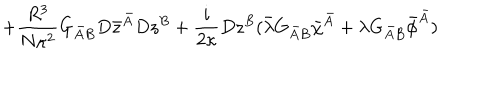
+ \frac { R ^ { 3 } } { N \kappa ^ { 2 } } G _ { \bar { A } B } D \bar { z } ^ { \bar { A } } D z ^ { B } + \frac { i } { 2 \kappa } D z ^ { B } ( \bar { \lambda } G _ { \bar { A } B } \bar { \chi } ^ { \bar { A } } + \lambda G _ { \bar { A } B } \bar { \phi } ^ { \bar { A } } )